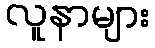
လူနာများ